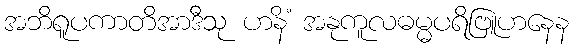
အဘိရူပကာတိအာဒီသု ဟနိံ အနုကူလဓမ္မပရိဗြူဟနေန